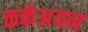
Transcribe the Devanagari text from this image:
कर्कअयन